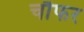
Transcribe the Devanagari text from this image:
चौफर